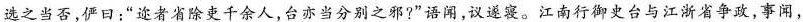
选之当否，俨日：”迩者省除吏千余人，台亦当分别之邪?”语闻，议遂寝。江南行御史台与江浙省争政，事闻，